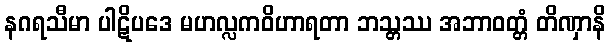
နဂရသီမာ ပါဋိပဒေ မဟလ္လကဝိဟာရတာ ဘသ္တဿ အဘာဝတ္တံ တိဏှာနိ